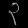
Digit: ၃